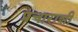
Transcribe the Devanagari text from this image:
प्रचाराशी